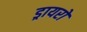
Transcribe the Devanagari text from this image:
ड्रायरों